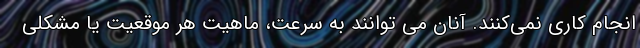
انجام کاری نمی‌کنند. آنان می توانند به سرعت، ماهیت هر موقعیت یا مشکلی